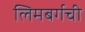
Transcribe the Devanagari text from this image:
लिमबर्गची